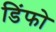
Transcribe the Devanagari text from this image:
डिंफो